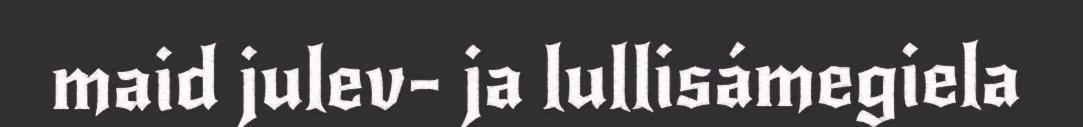
maid julev- ja lullisámegiela